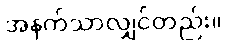
အနက်သာလျှင်တည်း။